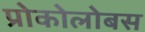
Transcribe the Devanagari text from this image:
प्रोकोलोबस